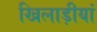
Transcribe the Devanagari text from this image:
खिलाड़ीयां